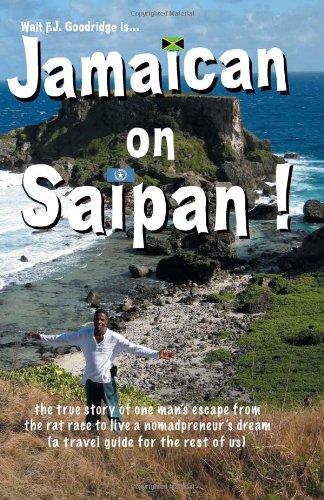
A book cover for Jamaican On Saipan: The True Story of One Man's Escape from the Rat Race to Live a Personal Nomadpreneur's Dream!: (A Unique Travel Guide; Mr. Walt F.J. Goodridge; Travel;